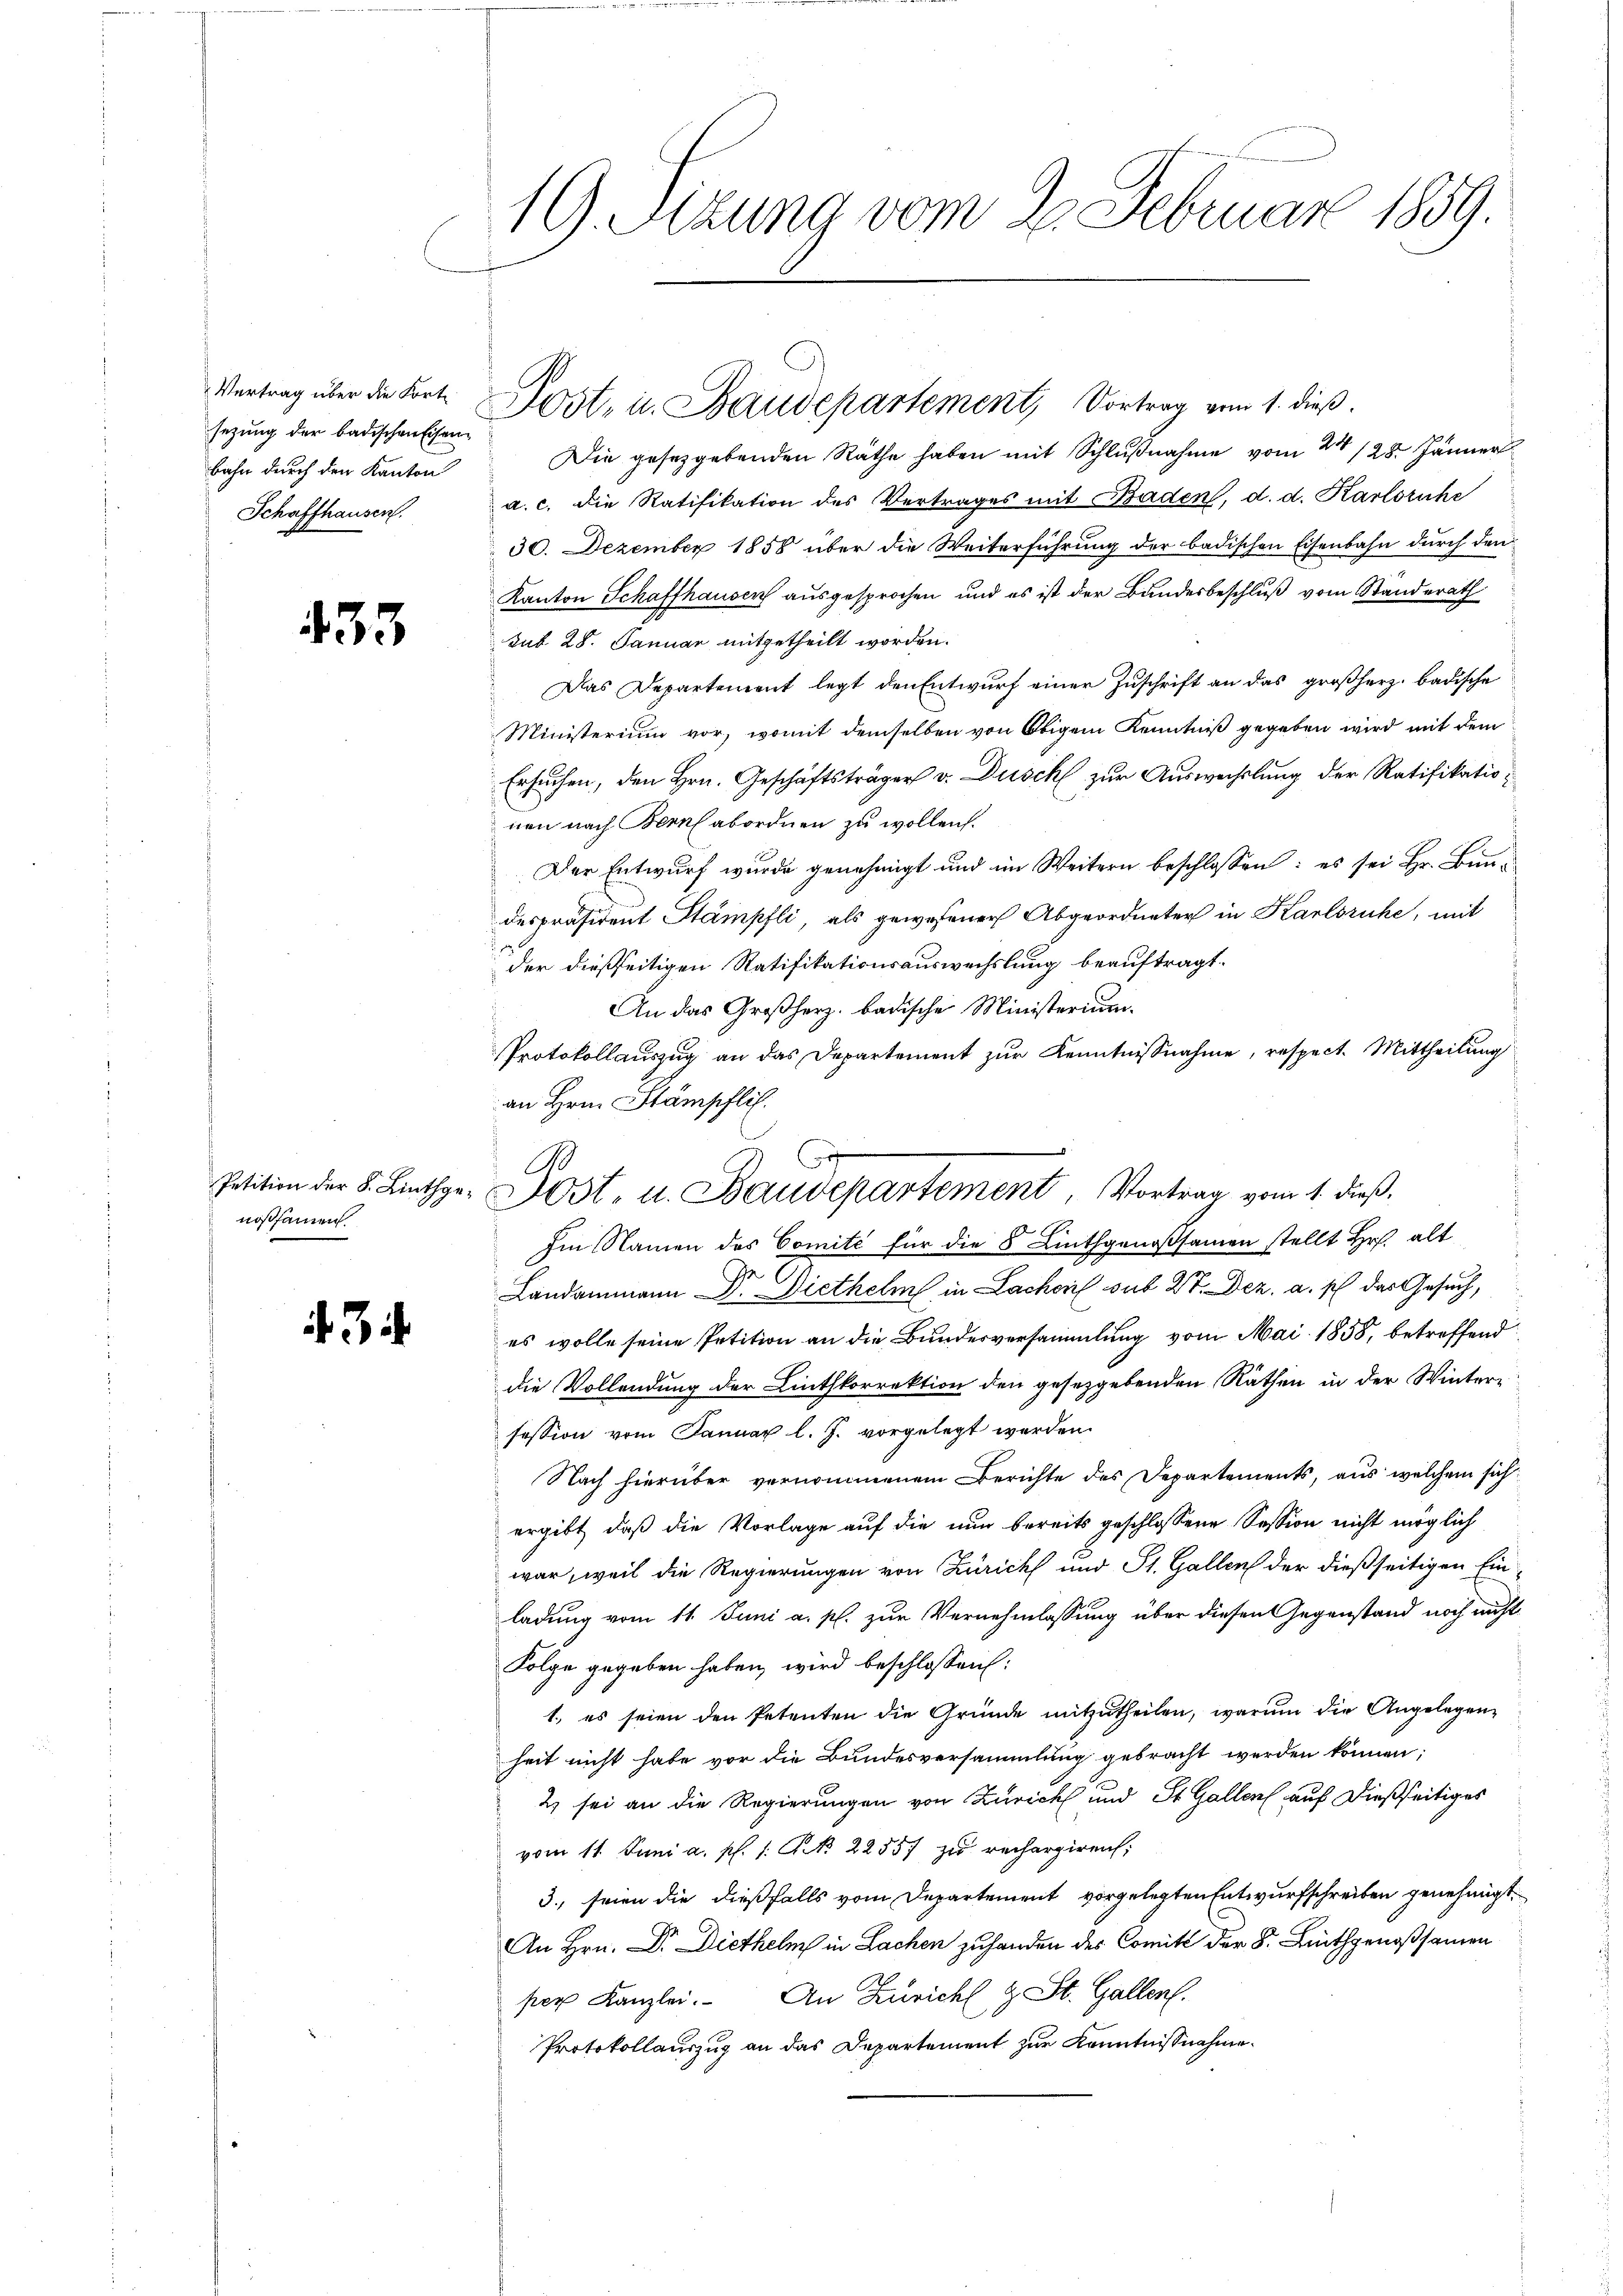
Vertrag über die Fortsezung der badischen Eisen¬

433

nossamen

3

19. Sizung vom 2. Februar 1859.

bahn dŭrch den Kanton Die gesetzgebenden Räthe haben mit Schlŭβnahme vom 24 /28. Jänner
Schaffhausen a. c. die Ratifikation des Vertrages mit Baden, d. d. Karlsruhe
30. Dezember 1858 über die Weiterführung der badischen Eisenbahn durch den
Kanton Schaffhausen ausgesprochen und es ist der Bundesbeschluß vom Standerath
sub 28. Januar mitgetheilt worden.
Das Departement legt den Entwurf einer Zuschrift an das großherz badische
Ministerium vor, womit demselben von Obigem Kenntniß gegeben wird mit dem
Ersuchen, den Hrn. Geschäftsträger v. Dusch zur Auswechslung der Ratifikationen nach Bern abordnen zu wollen.
Der Entwurf wurde genehmigt und im Weitern beschlossen: es sei Hr. Bundespräsident Stämpfli, als gewesener Abgeordneter in Karlsruhe, mit
der dießseitigen Ratifikationsauswechslung beauftragt.
An das Großherz. badische Ministerium.
Protokollauszug an das Departement zur Kenntnißnahme, respect. Mittheilung
an Hrn. Stämpflich.
Im Namen des Comité für die 8 Linthgenoßsamen stellt Hr. alt
Landammann Dr. Diethelm in Lachen sub 27. Dez. a. sch das Gesuch,
es wolle seine Petition an die Bunderversammlung vom Mai 1858, betreffend
die Vollendung der Linthkorrektion den gesetzgebenden Räthen in der Wintersession vom Januar l. J. vorgelegt werden.
Nach hierüber vernommenem Berichte des Departements, aus welchem sich
ergibt, daß die Vorlage auf die nun bereits geschlossene Session nicht möglich
war, weil die Regierungen von Zürich und St. Gallen der dießseitigen Einladung vom 11. Juni a. p. zur Vernehmlassung über diesen Gegenstand noch nicht
Folge gegeben haben, wird beschlossen:
1., es seien den Petenten die Gründe mitzutheilen, warum die Angelegenheit nicht habe vor die Bundesversammlung gebracht werden können;
2 sei an die Regierungen von Zürich und St. Gallen auf dießseitiges
vom 11. Juni a. p. 1. No. 22557 zu rechargiren,
3., seien die dießfalls vom Departement vorgelegten Entwurfschreiben genehmigt.
An Hrn. Dr. Diethelm in Lachen zuhanden des Comitt der S. Linthgenoßsamen
per Kanzlei. An Züricht & St. Gallen.
Protokollauszug an das Departement zur Kenntnisnahme.

Post, u. Baudepartement, Vortrag vom 1. dieß.

1
Petition der 5. Linthge. Most- u. Baudepartement, Vortrag vom 1. dieß.